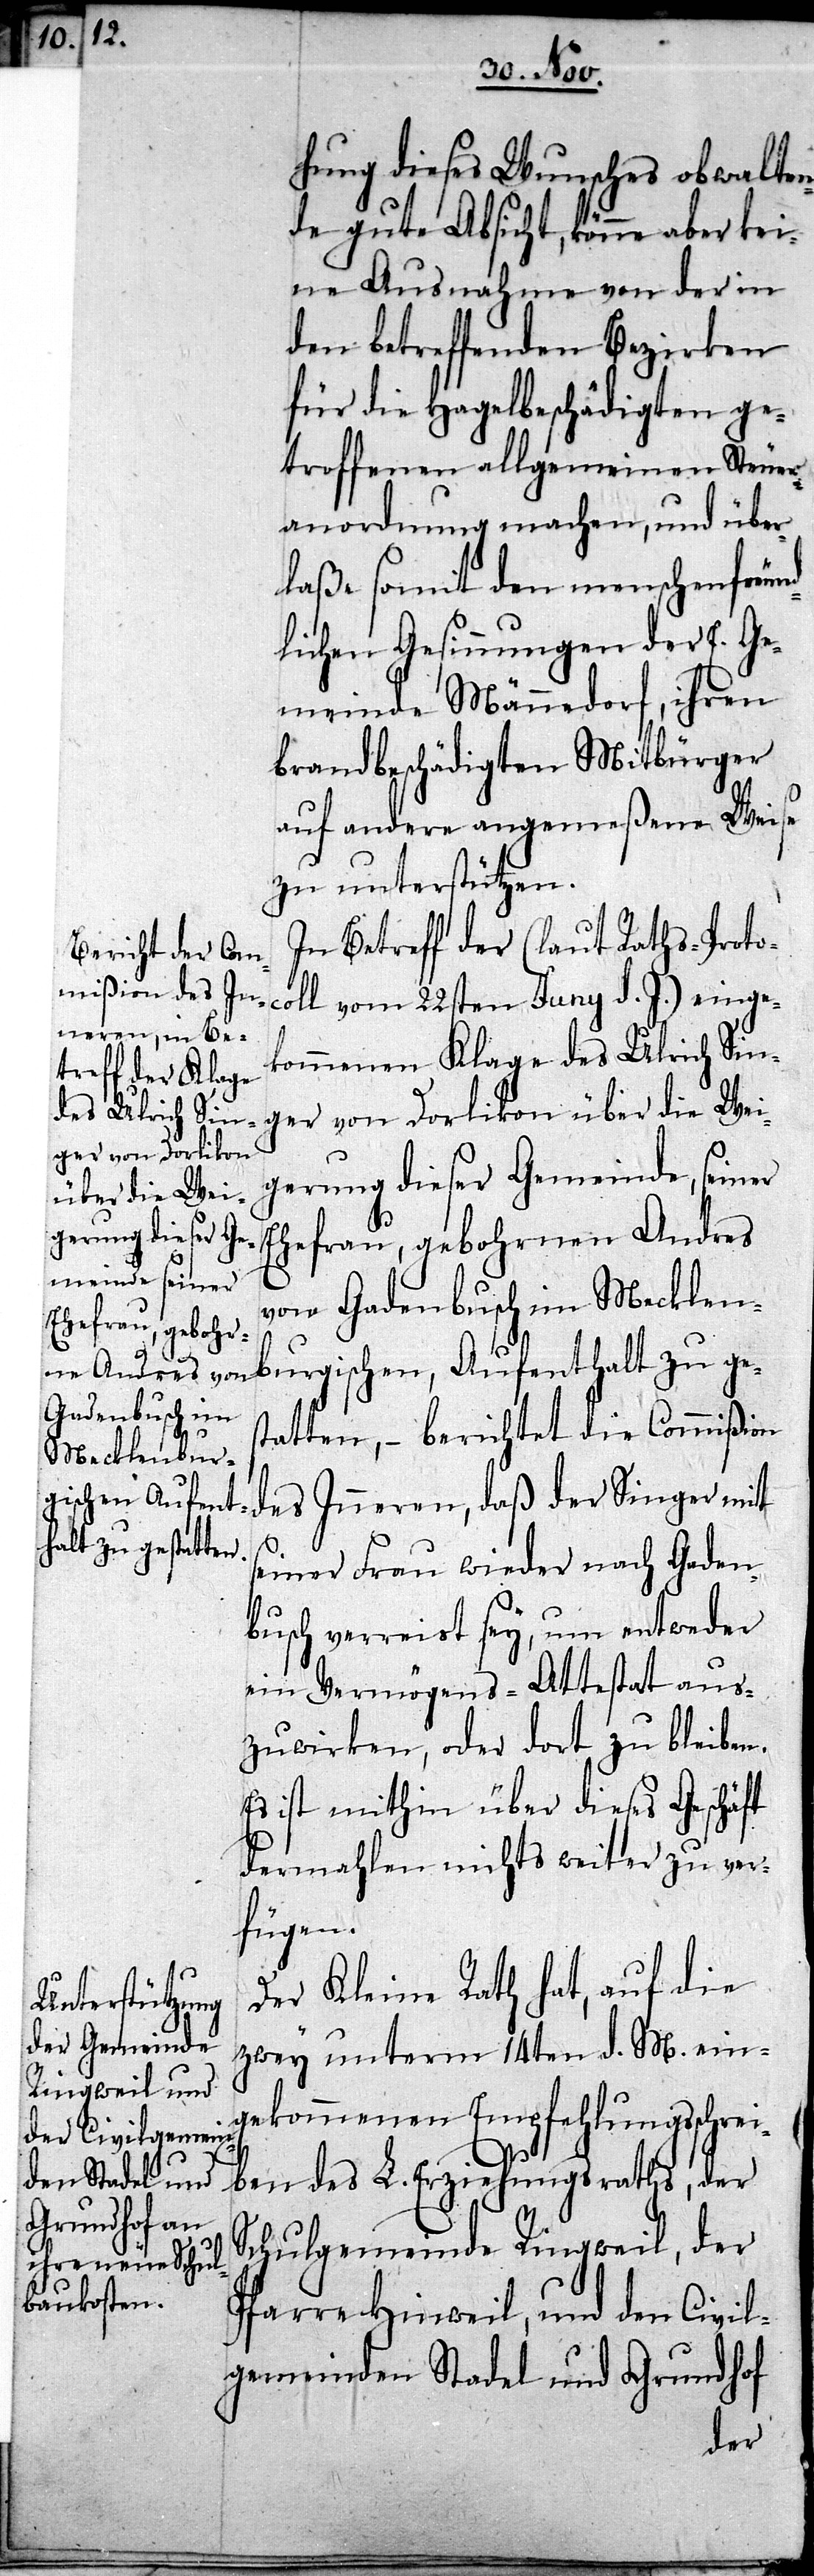
gerung dieser Ge¬
meinde, seiner

hung dieses Wunsches obwalten¬
de gute Absicht, könne aber kei¬
ne Ausnahme von der in
den betreffenden Bezirken
für die Hagelbeschädigten ge¬
troffenen allgemeinen Steuer¬
anordnung machen, und über¬
laße somit den menschenfreund¬
lichen Gesinnungen der E. Ge¬
meinde Männedorf, ihren
brandbeschädigten Mitbürger
auf andere angemeßene Weise
zu unterstützen.
In Betreff der (laut Raths-Proto¬
coll vom 22sten Juny d. J.) einge¬
kommenen Klage des Ulrich Sin¬
ger von Dorlikon über die Wei¬
Ehefrau, gebohrnen Andres
von Gadenbusch im Mecklen¬
burgischen, Aufenthalt zu ges¬
tatten, – berichtet die Commißion
des Inneren, daß der Singer mit
seiner Frau wieder nach Gaden¬
busch verreist sey, um entweder
ein Vermögens-Attestat aus¬
zuwirken, oder dort zu bleiben.
Es ist mithin über dieses Geschäft
dermahlen nichts weiter zu ver¬
fügen.
Der Kleine Rath hat, auf die
zwey unterm 14ten d. M. ein¬
gekommenen Empfehlungsschrei¬
ben des L. Erziehungsraths, der
Schulgemeinde Ringweil, der
Pfarre Hinweil, und den Civil¬
gemeinden Stadel und Grundhof